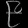
Digit: ၉